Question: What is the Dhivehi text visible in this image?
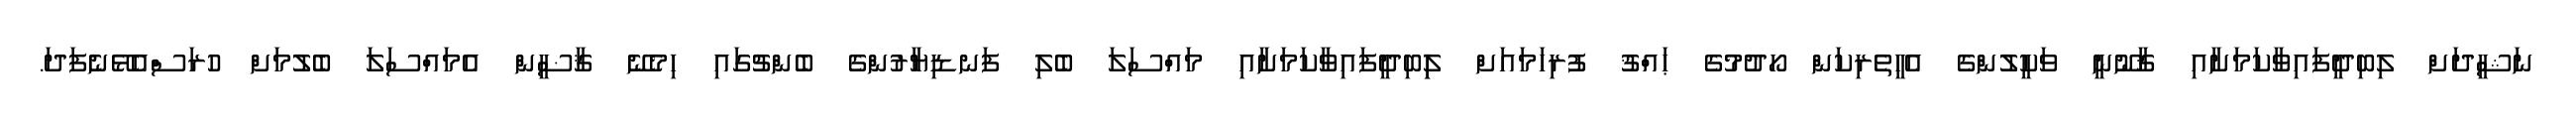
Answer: ނަޝީދަށް ލިބިދީފައިވާކަމަށާއި ޤާނޫނީ ވަކީލުންގެ އެހީތެރިކަން ހޯދުމުގެ ޙައްޤު ފުރިހަމައަށް ލިިބިދީފައިވާކަމަށާއި މައްސަލަ ބެލި ފަނޑިޔާރުންގެ ބެންޗުގައި ހިމެނޭ ޤާޟީން އެމައްސަލަ ބެލުމަށް ހުރަސްއެޅޭނެފަދަ.